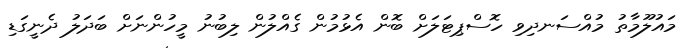
މައުލޫމާތު މުއްސަނދިވި ހޮސްޕިޓަލަށް ބޮން އެޅުމުން ގެއްލުން ލިބުނު މީހުންނަށް ބަދަލު ދެނީގަޑި